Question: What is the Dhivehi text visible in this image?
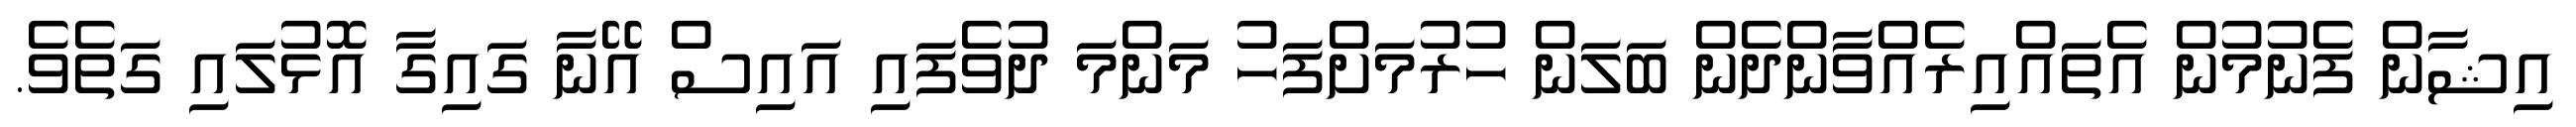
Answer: އިޝާން ފެނުމުން އެތައްއިރެއްވާންދެން ބަލަން ހުރުމަށްފަހު މަންމަ ދުވެފައި އައިސް އޭނާ ގައިގާ އޮޅުލައި ގަތެވެ.